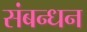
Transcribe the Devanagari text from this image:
संबन्धन